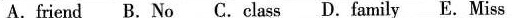
A.friend B.No C.Class D.Family E. Miss